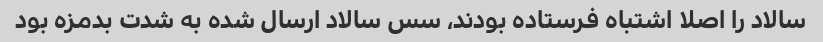
سالاد را اصلا اشتباه فرستاده بودند، سس سالاد ارسال شده به شدت بدمزه بود